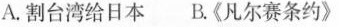
A.割台湾给日本B.《凡尔赛条约》